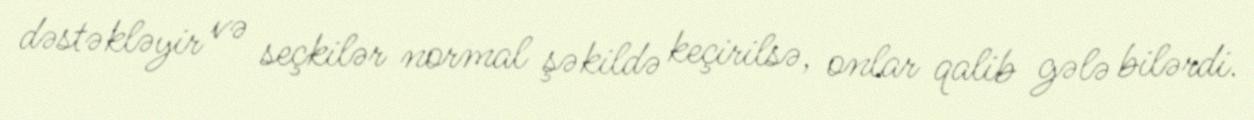
dəstəkləyir və seçkilər normal şəkildə keçirilsə, onlar qalib gələ bilərdi.